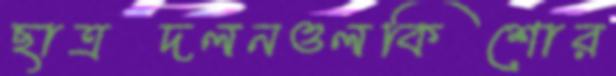
ছাত্রদলনওলকিশোর